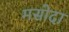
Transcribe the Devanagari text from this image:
मसोदा